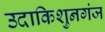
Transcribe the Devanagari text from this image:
उदाकिशुनगंज